Burma Government Medical School reports 1923-41
Year: 1923
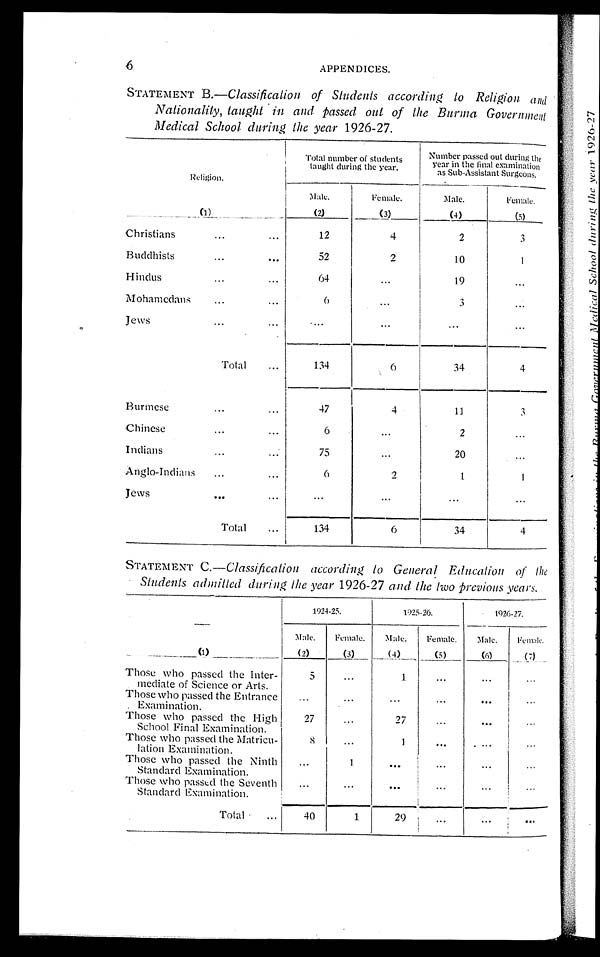
6
APPENDICES.
STATEMENT B.— Classification of Students according to Religion and
Nationality, taught in and passed out of the Burma Government
Medical School during the year 1926-27.
Religion.
Total number of students
taught during the year.
Number passed out during the
year in the final examination
as Sub-Assistant Surgeons.
Male.
Female.
Male.
Female.
(1)
(2)
(3)
(4)
(5)
Christians
...
...
12
4
2
3
Buddhists
...
...
52
2
10
1
Hindus
...
...
64
. . .
19
. . .
Mohamedans
...
...
6
. . .
3
. . .
Jews
...
. . .
. . .
. . .
. . .
Total...
1 3 4
6
34
4
Burmese... ...
4 7
4
11
3
Chinese...
...
6
. . .
2
...
Indians
...
...
75
. . .
20
. . .
Anglo-Indians
... ...
6
2
1
1
Jews
...
...
. . .
. . .
. . .
. . .
T o t a l . . .
134
6
34
4
STATEMENT C.— Classification according to General Education of the
Students admitted during the year 1926-27 and the two previous years.
1924-25.
1925-26.
1926-27.
Male.
Female.
Male.
Female.
Male.
Female.
(1)
(2)
(3)
(4)
(5)
(6)
(7)
Those who passed the Inter-
mediate of Science or Arts.
5
...
1
. . .
. . .
. . .
Those who passed the Entrance
Examination.
. . .
...
...
. . .
. . .
. . .
Those who passed the High
School Final Examination.
2 7
. . .
27
. . .
. . .
. . .
Those who passed the Matricu-
lation Examination.
8
...
1
...
...
. . .
Those who passed the Ninth
Standard Examination.
...
1
...
...
. . .
. . .
Those who passed the Seventh
Standard Examination.
...
...
. . .
. . .
. . .
. . .
Total
...
40
1
29
...
. . .
. . .